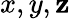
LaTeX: x,y,\mathbf{z}